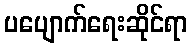
ပပျောက်ရေးဆိုင်ရာ